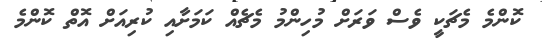
ކޮންމެ މެޗަކީ ވެސް ވަރަށް މުހިންމު މެޗެއް ކަމަށާއި ކުރިއަށް އޮތް ކޮންމެ